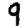
Digit: 9